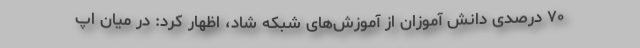
۷۰ درصدی دانش آموزان از آموزش‌های شبکه شاد، اظهار کرد: در میان اپ